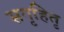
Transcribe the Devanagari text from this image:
सगृहितृ